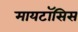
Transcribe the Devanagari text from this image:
मायटॉसिस